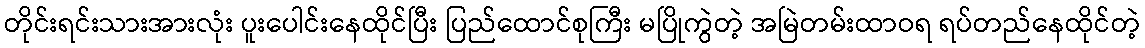
တိုင်းရင်းသားအားလုံး ပူးပေါင်းနေထိုင်ပြီး ပြည်ထောင်စုကြီး မပြိုကွဲတဲ့ အမြဲတမ်းထာဝရ ရပ်တည်နေထိုင်တဲ့